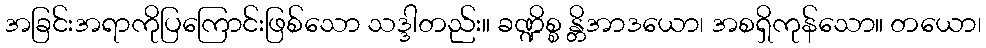
အခြင်းအရာကိုပြကြောင်းဖြစ်သော သဒ္ဒါတည်း။ ခဏ္ဍိစ္စ န္တိအာဒယော၊ အစရှိကုန်သော။ တယော၊